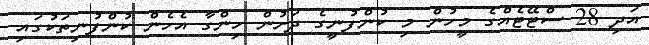
އަދި 28 ސްޓޭޓެއްގެ މީހުން މި ކުންފުނީގެ ދަށުން ހިންގާ އެހެން ކުންފުނިތަކުގައި